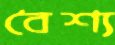
বৈশ্য